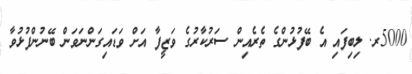
5000ރ. ލިބިފައި އެ ބޭފުޅުންގެ ތެރެއިން ސަރުކާރުގެ ވަޒީފާ އަށް ވަޑައިގަންނަވަން ބޭނުންފުޅުވާ